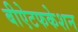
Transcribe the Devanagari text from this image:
बीऐटफकेशन